Vaccination United Provinces of Agra and Oudh 1902-1913 - 1902-1913
Year: 1902
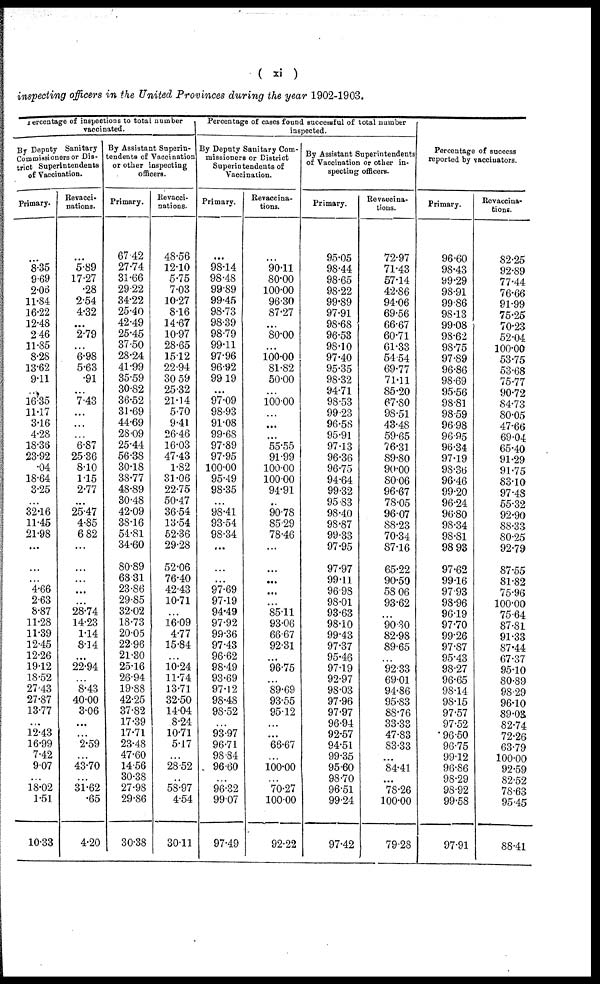
( xi )
inspecting officers in the United Provinces during the year 1902-1903.
Percentage of inspections to total number
vaccinated.
By Deputy Sanitary
Commissioners or Dis-
trict Superintendents
of Vaccination.
Primary.
...
8.35
9.69
2.06
11.84
16.22
12.48
2.46
11.85
8.28
13.62
9.11
...
16.35
11.17
3.16
4.28
18.36
23.92
.04
18.64
3.25
...
32.16
11.45
21.98
...
...
...
4.66
2.63
8.87
11.28
11.39
12.45
12.26
19.12
18.52
27.43
27.87
13.77
...
12.43
16.99
7.42
9.07
...
18.02
1.51
10.33
Revacci-
nations.
...
5.89
17.27
.28
2.54
4.32
...
2.79
...
6.98
5.63
.91
...
7.43
...
...
...
6.87
25.36
8.10
1.15
2.77
...
25.47
4.85
6.82
...
...
...
...
...
28.74
14.23
1.14
8.14
...
22.94
...
8.43
40.00
3.06
...
...
2.59
...
43.70
...
31.62
.65
4.20
By Assistant Superin-
tendents of Vaccination
or other inspecting
officers.
Primary.
67.42
27.74
31.66
29.22
34.22
25.40
42.49
25.45
37.50
28.24
41.99
35.59
30.82
36.52
31.69
44.69
28.09
25.44
56.38
30.18
38.77
48.89
30.48
42.09
38.16
54.81
34.60
80.89
68.31
23.86
29.85
32.02
18.73
20.05
22.96
21.30
25.16
26.94
19.88
42.25
37.82
17.39
17.71
23.48
47.60
14.56
30.38
27.98
29.86
30.38
Revacci-
nations.
48.56
12.10
5.75
7.03
10.27
8.16
14.67
10.97
28.65
15.12
22.94
30.59
25.32
21.14
5.70
9.41
26.46
16.03
47.43
1.82
31.06
22.75
50.47
36.54
13.54
52.36
29.28
52.06
76.40
42.43
10.71
...
16.09
4.77
15.84
...
10.24
11.74
13.71
32.50
14.04
8.24
10.71
5.17
...
28.52
...
58.97
4.54
30.11
Percentage of cases found successful of total number
inspected.
By Deputy Sanitary Com-
missioners or District
Superintendents of
Vaccination.
Primary.
...
98.14
98.48
99.89
99.45
98.73
98.39
98.79
99.11
97.96
96.92
99.19
...
97.09
98.93
91.08
99.68
97.89
97.95
100.00
95.49
98.35
...
98.41
93.54
98.34
...
...
...
97.69
97.19
94.49
97.92
99.36
97.43
96.62
98.49
93.69
97.12
98.48
98.52
...
93.97
96.71
98.84
96.60
...
96.32
99.07
97.49
Revaccina-
tions.
...
90.11
80.00
100.00
96.30
87.27
...
80.00
...
100.00
81.82
50.00
...
100.00
...
...
...
55.55
91.99
100.00
100.00
94.91
...
90.78
85.29
78.46
...
...
...
...
...
85.11
93.06
66.67
92.31
...
96.75
...
89.69
93.55
95.12
...
...
66.67
...
100.00
...
70.27
100.00
92.22
By Assistant Superintendents
of Vaccination or other in-
specting officers.
Primary.
95.05
98.44
98.65
98.22
99.89
97.91
98.68
96.53
98.10
97.40
95.35
98.32
94.71
98.53
99.23
96.58
95.91
97.13
96.36
96.75
94.64
99.32
95.83
98.40
98.87
99.33
97.95
97.97
99.11
96.98
98.01
93.63
98.10
99.43
97.37
95.46
97.19
92.97
98.03
97.96
97.97
96.94
92.57
94.51
99.35
95.60
98.70
96.51
99.24
97.42
Revaccina-
tions.
72.97
71.43
57.14
42.86
94.06
69.56
66.67
60.71
61.33
54.54
69.77
71.11
85.20
67.80
98.51
43.48
59.65
76.31
89.80
90.00
80.06
96.67
78.05
96.07
88.23
70.34
87.16
65.22
90.50
58.06
93.62
...
90.80
82.98
89.65
...
92.33
69.01
94.86
95.83
88.76
33.33
47.83
83.33
...
84.41
...
78.26
100.00
79.28
Percentage of success
reported by vaccinators.
Primary.
96.60
98.43
99.29
98.91
99.86
98.13
99.08
98.62
98.75
97.89
96.86
98.69
95.56
98.81
98.59
96.98
96.95
96.34
97.19
98.36
96.46
99.20
96.24
96.80
98.34
98.81
98.93
97.62
99.16
97.93
98.96
96.19
97.70
99.26
97.87
95.43
98.27
96.65
98.14
98.15
97.57
97.52
96.50
96.75
99.12
96.86
98.29
98.92
99.58
97.91
Revaccina-
tions.
82.25
92.89
77.44
76.66
91.99
75.25
70.23
52.04
100.00
53.75
53.68
75.77
90.72
84.73
80.05
47.66
69.04
65.40
91.29
91.75
83.10
97.48
55.32
92.90
88.33
80.25
92.79
87.55
81.82
75.96
100.00
75.64
87.81
91.33
87.44
67.37
95.10
80.89
98.29
96.10
89.03
82.74
72.26
63.79
100.00
92.59
82.52
78.63
95.45
88.41